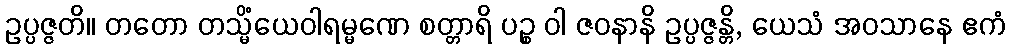
ဥပ္ပဇ္ဇတိ။ တတော တသ္မိံယေဝါရမ္မဏေ စတ္တာရိ ပဉ္စ ဝါ ဇဝနာနိ ဥပ္ပဇ္ဇန္တိ, ယေသံ အဝသာနေ ဧကံ